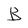
Character: B